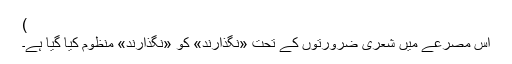
)
اِس مصرعے میں شعری ضرورتوں کے تحت «نَگُذارَنْد» کو «نَگْذارَنْد» منظوم کیا گیا ہے۔